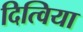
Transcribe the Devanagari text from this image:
दित्विया